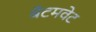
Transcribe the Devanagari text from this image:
बॅंटमवेट